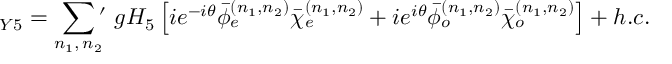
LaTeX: { \L _ { Y 5 } } = \sum _ { n _ { 1 } , \, n _ { 2 } } \, \! \! \! ^ { \prime } \ g H _ { 5 } \left[ i e ^ { - i \theta } { \bar { \phi } } _ { e } ^ { ( n _ { 1 } , n _ { 2 } ) } { \bar { \chi } } _ { e } ^ { ( n _ { 1 } , n _ { 2 } ) } + i e ^ { i \theta } { \bar { \phi } } _ { o } ^ { ( n _ { 1 } , n _ { 2 } ) } { \bar { \chi } } _ { o } ^ { ( n _ { 1 } , n _ { 2 } ) } \right] + h . c .